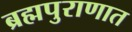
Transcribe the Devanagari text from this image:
ब्रह्मपुराणात